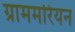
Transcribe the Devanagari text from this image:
ग्राममरियन